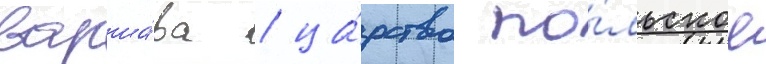
варша́ва / ца́рство по́льское